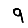
Digit: 9